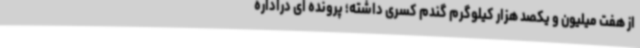
از هفت میلیون و یکصد هزار کیلوگرم گندم کسری داشته؛ پرونده ای دراداره